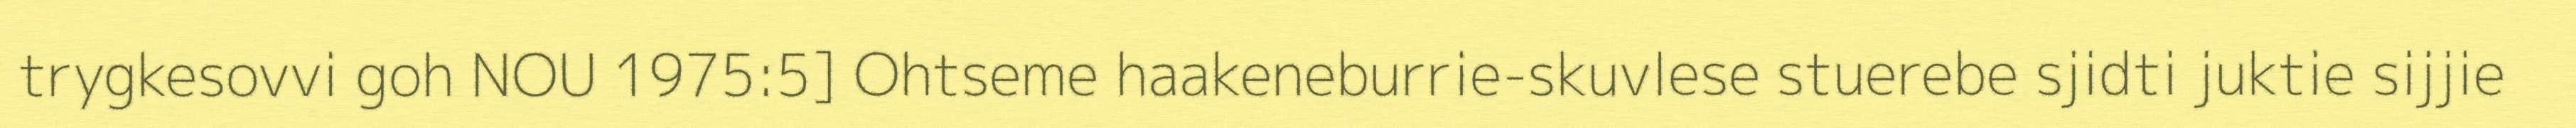
trygkesovvi goh NOU 1975:5] Ohtseme haakeneburrie-skuvlese stuerebe sjidti juktie sijjie